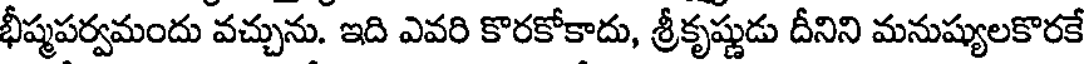
భీష్మపర్వమందు వచ్చును. ఇది ఎవరి కొరకోకాదు, శ్రీకృష్ణుడు దీనిని మనుష్యులకొరకే